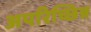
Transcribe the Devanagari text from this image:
अपरिच्छिन्न